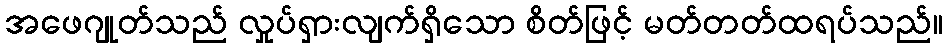
အဖေဂျုတ်သည် လှုပ်ရှားလျက်ရှိသော စိတ်ဖြင့် မတ်တတ်ထရပ်သည်။